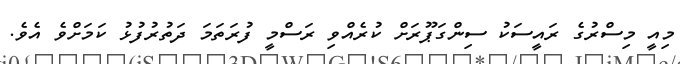
މިއީ މިސްރުގެ ރައީސަކު ސިންގަޕޫރަށް ކުރެއްވި ރަސްމީ ފުރަތަމަ ދަތުރުފުޅު ކަމަށްވެ އެވެ.